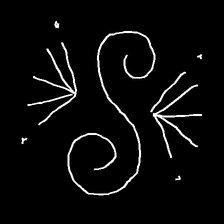
Glyph: aeroform